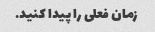
زمان فعلی را پیدا کنید.